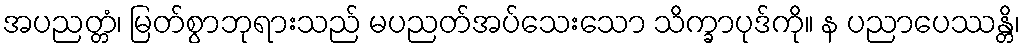
အပညတ္တံ၊ မြတ်စွာဘုရားသည် မပညတ်အပ်သေးသော သိက္ခာပုဒ်ကို။ န ပညာပေဿန္တိ၊